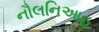
નૌલનિઆહ